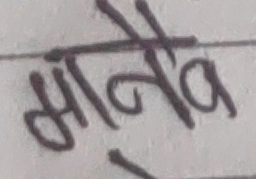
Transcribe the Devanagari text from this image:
मौनिव